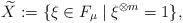
LaTeX: \begin{align*}\widetilde{X} := \{\xi\in F_\mu\mid \xi^{\otimes m}=1\}, \end{align*}